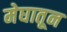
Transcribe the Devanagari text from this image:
मेघातून